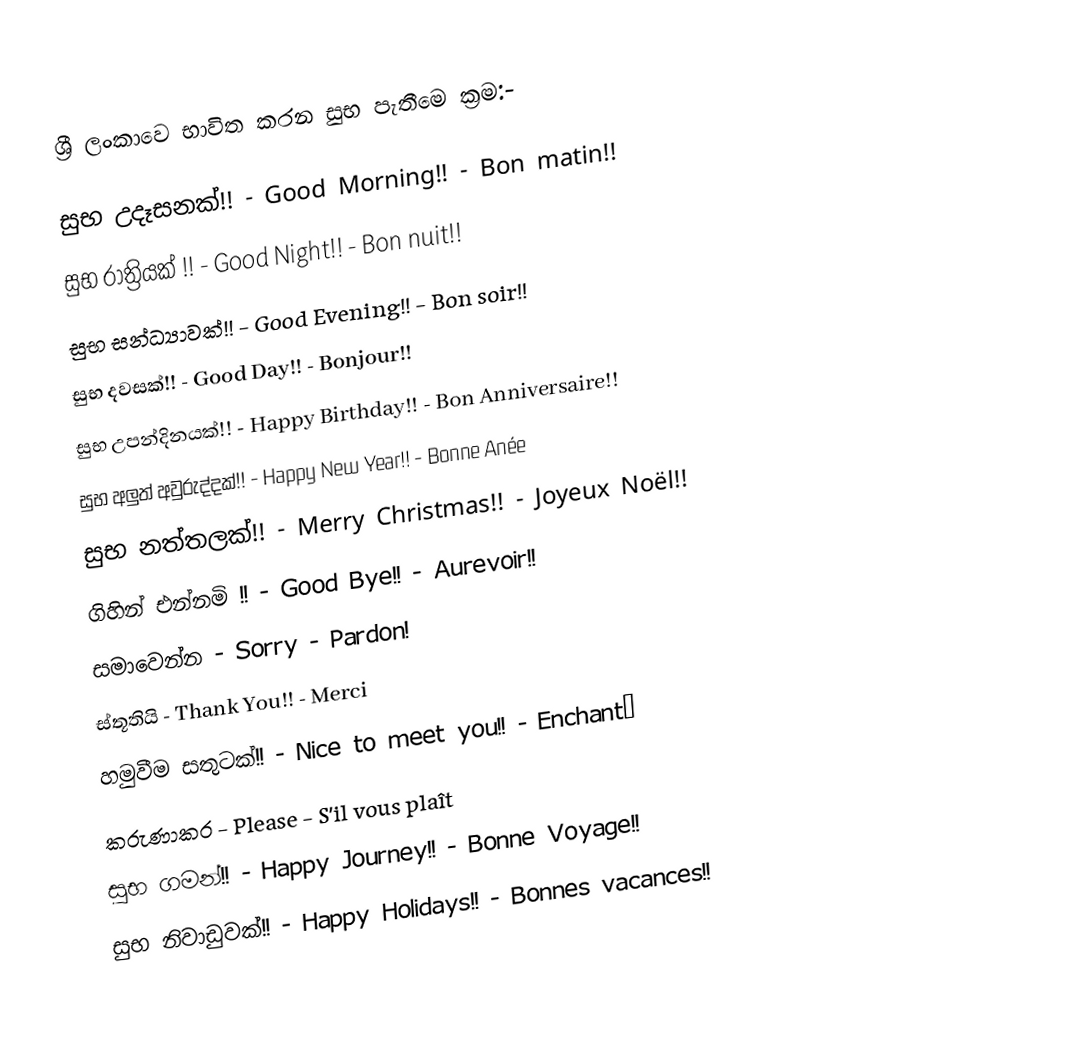
ශ්‍රී ලංකාවෙ භාවිත කරන සුභ පැතීමෙ ක්‍රම:-

 සුභ උදෑසනක්!!      - Good Morning!!     - Bon matin!!
 සුභ රාත්‍රියක් !!       - Good Night!!       - Bon nuit!!
 සුභ සන්ධ්‍යාවක්!!     - Good Evening!!     - Bon soir!!
 සුභ දවසක්!!        - Good Day!!         - Bonjour!!
 සුභ උපන්දිනයක්!!    - Happy Birthday!!   - Bon Anniversaire!!
 සුභ අලුත් අවුරුද්දක්!!  - Happy New Year!!   - Bonne Anée
 සුභ නත්තලක්!!      - Merry Christmas!!  - Joyeux Noël!!
 ගිහින් එන්නමි !!     - Good Bye!!          - Aurevoir!!
 සමාවෙන්න                        - Sorry               - Pardon!
 ස්තූතියි                                - Thank You!!         - Merci
 හමුවීම සතුටක්!!     - Nice to meet you!!  - Enchanté
 කරුණාකර                        - Please              - S'il vous plaît
 සුභ ගමන්!!        - Happy Journey!!     - Bonne Voyage!!
 සුභ නිවාඩුවක්!!     - Happy Holidays!!    - Bonnes vacances!!